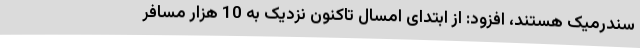
سندرمیک هستند، افزود: از ابتدای امسال تاکنون نزدیک به 10 هزار مسافر